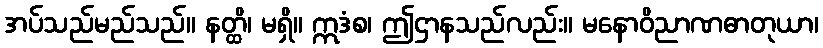
အပ်သည်မည်သည်။ နတ္ထိ၊ မရှိ။ ဣဒံစ၊ ဤဌာနသည်လည်း။ မနောဝိညာဏဓာတုယာ၊